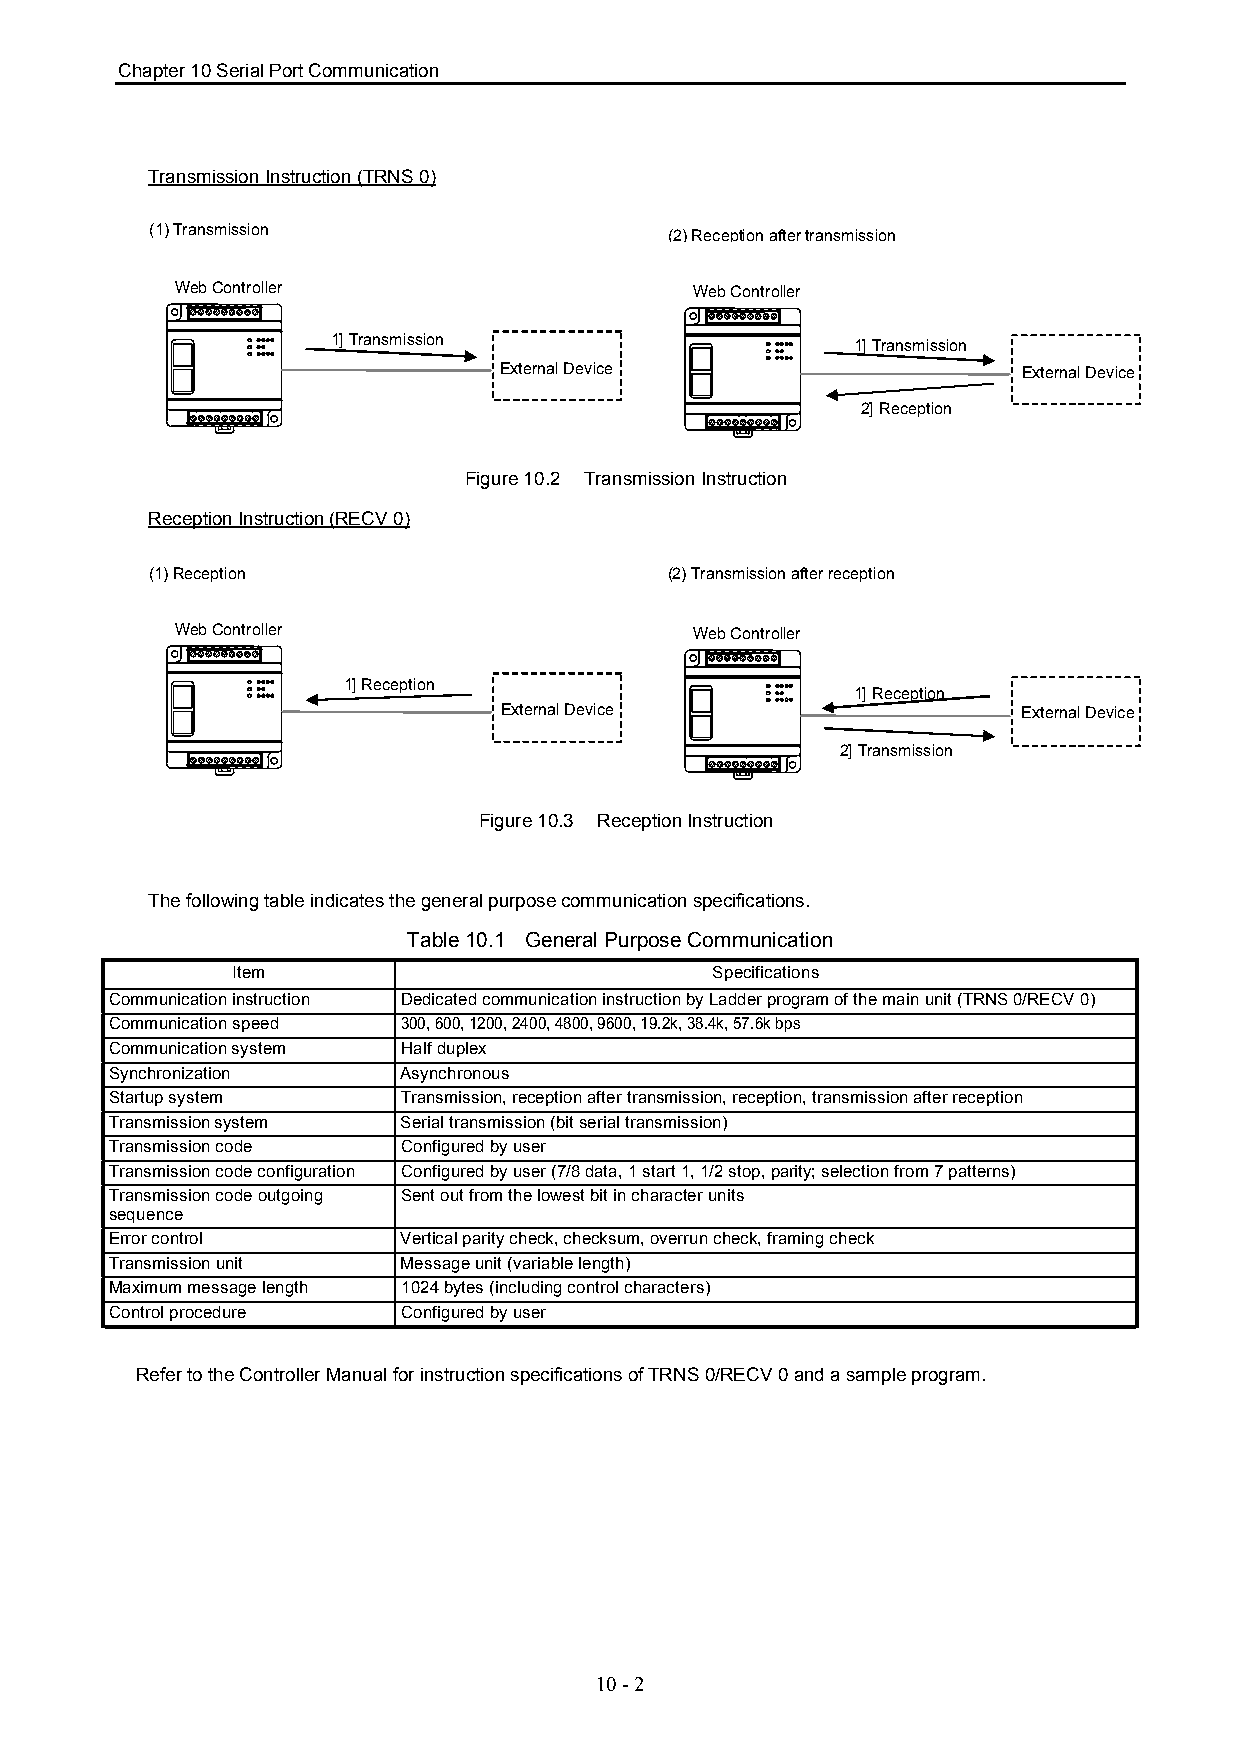
Chapter 10 Serial Port Communication
 Transmission Instruction (TRNS 0)
 (1) Transmission                  (2) Reception after transmission
 Web Controller                    Web Controller
 1] Transmission                    1] Transmission
 External Device                    External Device
 2] Reception
 Figure 10.2 Transmission Instruction
 Reception Instruction (RECV 0)
 (1) Reception                     (2) Transmission after reception
 Web Controller                    Web Controller
 1] Reception
 1] Reception
 External Device                    External Device
 2] Transmission
 Figure 10.3 Reception Instruction
 The following table indicates the general purpose communication specifications.
 Table 10.1 General Purpose Communication
 Item                            Specifications
 Communication instruction Dedicated communication instruction by Ladder program of the main unit (TRNS 0/RECV 0)
 Communication speed 300, 600, 1200, 2400, 4800, 9600, 19.2k, 38.4k, 57.6k bps
 Communication system Half duplex
 Synchronization     Asynchronous
 Startup system      Transmission, reception after transmission, reception, transmission after reception
 Transmission system Serial transmission (bit serial transmission)
 Transmission code   Configured by user
 Transmission code configuration Configured by user (7/8 data, 1 start 1, 1/2 stop, parity; selection from 7 patterns)
 Transmission code outgoing Sent out from the lowest bit in character units
 sequence
 Error control       Vertical parity check, checksum, overrun check, framing check
 Transmission unit   Message unit (variable length)
 Maximum message length 1024 bytes (including control characters)
 Control procedure   Configured by user
 Refer to the Controller Manual for instruction specifications of TRNS 0/RECV 0 and a sample program.
 10 - 2